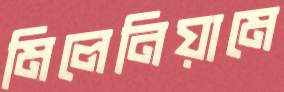
মিলেনিয়ামে